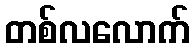
တစ်လလောက်